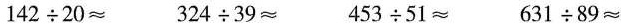
$$1 4 2 \div 2 0 ≈$$ $$3 2 4 \div 3 9 ≈$$ $$4 5 3 \div 5 1 ≈$$ $$6 3 1 \div 8 9 ≈$$